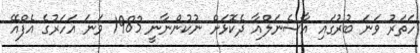
ހަތަރު ވަނަ ބުރުގައި އާސެނަލްއާ ދެކޮޅަށް ނުކުންނާނީ 1983 ވަނަ އަހަރުގެ އެފްއޭ